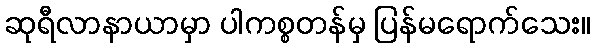
ဆုရီလာနာယာမှာ ပါကစ္စတန်မှ ပြန်မရောက်သေး။